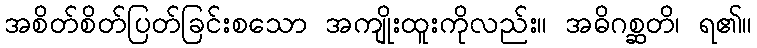
အစိတ်စိတ်ပြတ်ခြင်းစသော အကျိုးထူးကိုလည်း။ အဓိဂစ္ဆတိ၊ ရ၏။